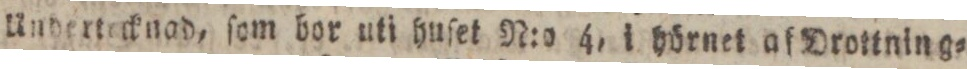
Undertecknad, ſom bor uti huſet N:o 4, i hörnet af Drottning=